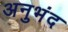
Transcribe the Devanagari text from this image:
अनुभंद